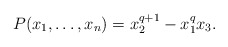
\begin{align*}P(x_1, \ldots, x_n)=x_2^{q+1}-x_1^qx_3.\end{align*}